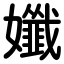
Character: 孅